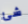
شئ